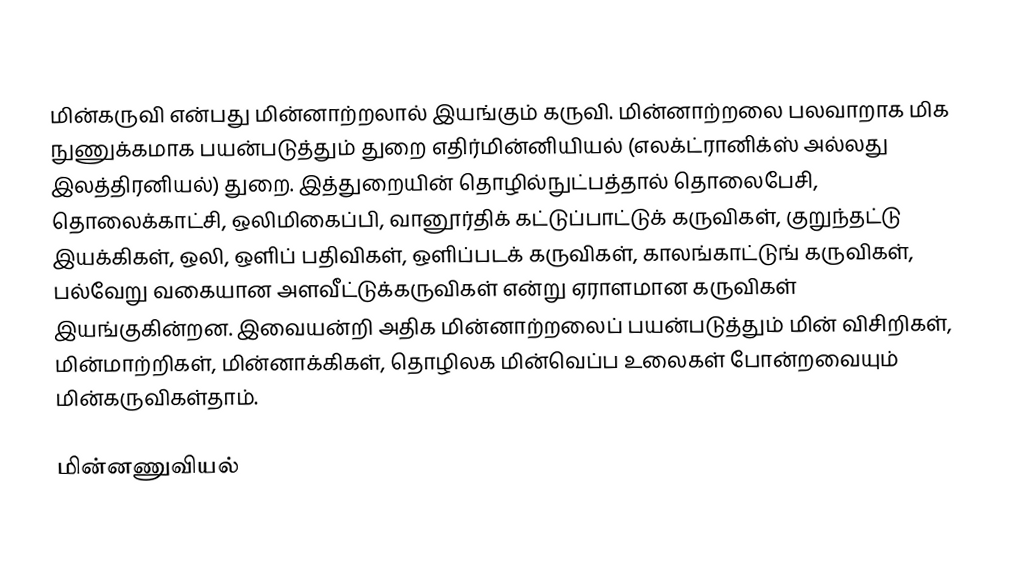
மின்கருவி என்பது மின்னாற்றலால் இயங்கும் கருவி. மின்னாற்றலை பலவாறாக மிக நுணுக்கமாக பயன்படுத்தும் துறை எதிர்மின்னியியல் (எலக்ட்ரானிக்ஸ் அல்லது இலத்திரனியல்) துறை. இத்துறையின் தொழில்நுட்பத்தால் தொலைபேசி, தொலைக்காட்சி, ஒலிமிகைப்பி, வானூர்திக் கட்டுப்பாட்டுக் கருவிகள், குறுந்தட்டு இயக்கிகள், ஒலி, ஒளிப் பதிவிகள், ஒளிப்படக் கருவிகள், காலங்காட்டுங் கருவிகள், பல்வேறு வகையான அளவீட்டுக்கருவிகள் என்று ஏராளமான கருவிகள் இயங்குகின்றன. இவையன்றி அதிக மின்னாற்றலைப் பயன்படுத்தும் மின் விசிறிகள், மின்மாற்றிகள், மின்னாக்கிகள், தொழிலக மின்வெப்ப உலைகள் போன்றவையும் மின்கருவிகள்தாம்.

மின்னணுவியல்